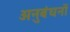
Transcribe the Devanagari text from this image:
अनुबंधनों